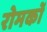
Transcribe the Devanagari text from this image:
रोमकों